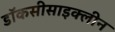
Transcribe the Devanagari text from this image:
डॉकसीसाइक्लीन